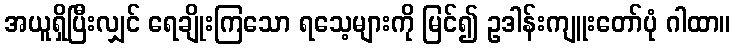
အယူရှိပြီးလျှင် ရေချိုးကြသော ရသေ့များကို မြင်၍ ဥဒါန်းကျူးတော်ပုံ ဂါထာ။